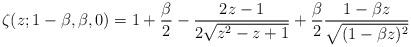
LaTeX: \begin{align*}\zeta(z;1-\beta,\beta,0)=1+\frac{\beta}{2}-\frac{2z-1}{2\sqrt{z^2-z+1}}+\frac{\beta}{2}\frac{1-\beta z}{\sqrt{(1 - \beta z)^2}}\end{align*}